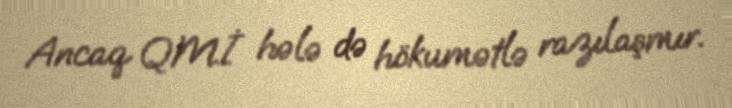
Ancaq QMİ hələ də hökumətlə razılaşmır.